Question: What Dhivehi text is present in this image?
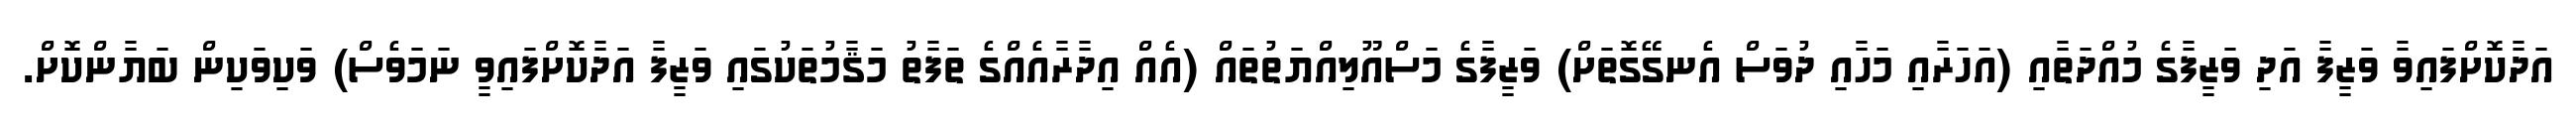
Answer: އަދާކޮށްފައިވާ ވަޒީފާ އަދި ވަޒީފާގެ މުއްދަތާއި (އަހަރާއި މަހާއި ދުވަސް އެނގޭގޮތަށް) ވަޒީފާގެ މަސްއޫލިއްޔަތުތައް (އެއް އިދާރާއެއްގެ ތަފާތު މަޤާމުތަކުގައި ވަޒީފާ އަދާކޮށްފައިވީ ނަމަވެސް) ވަކިވަކިން ބަޔާންކޮށް.